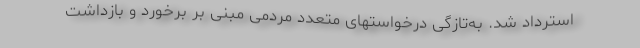
استرداد شد. به‌تازگی درخواستهای متعدد مردمی مبنی بر برخورد و بازداشت